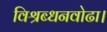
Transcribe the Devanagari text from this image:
विश्रब्धनवोढा।